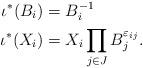
LaTeX: \begin{align*}\iota^*(B_i) &= B_i^{-1} \\\iota^*(X_i) &= X_i \prod_{j\in J}B_j^{\varepsilon_{ij}}.\end{align*}